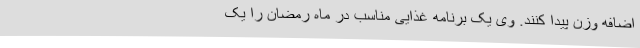
اضافه وزن پیدا کنند. وی یک برنامه غذایی مناسب در ماه رمضان را یک